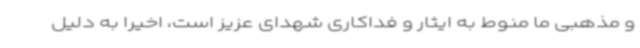
و مذهبی ما منوط به ایثار و فداکاری شهدای عزیز است، اخیراً به دلیل